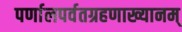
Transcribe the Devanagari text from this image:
पर्णालपर्वतग्रहणाख्यानम्